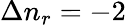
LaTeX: \Delta n_{r}=-2